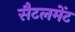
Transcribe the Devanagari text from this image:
सैटलमेंट